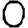
Digit: 0